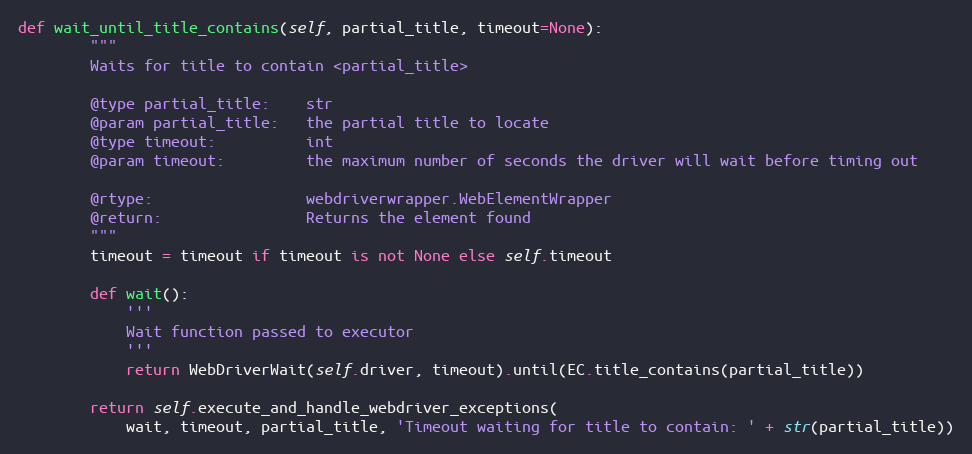
Language: Python
def wait_until_title_contains(self, partial_title, timeout=None):
        """
        Waits for title to contain <partial_title>

        @type partial_title:    str
        @param partial_title:   the partial title to locate
        @type timeout:          int
        @param timeout:         the maximum number of seconds the driver will wait before timing out

        @rtype:                 webdriverwrapper.WebElementWrapper
        @return:                Returns the element found
        """
        timeout = timeout if timeout is not None else self.timeout

        def wait():
            '''
            Wait function passed to executor
            '''
            return WebDriverWait(self.driver, timeout).until(EC.title_contains(partial_title))

        return self.execute_and_handle_webdriver_exceptions(
            wait, timeout, partial_title, 'Timeout waiting for title to contain: ' + str(partial_title))